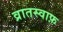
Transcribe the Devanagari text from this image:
व्रातस्वाफ़